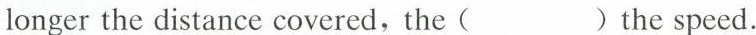
longer the distance covered,the ( ) the speed.